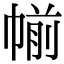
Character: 㡐